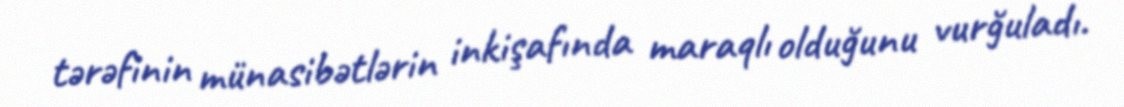
tərəfinin münasibətlərin inkişafında maraqlı olduğunu vurğuladı.